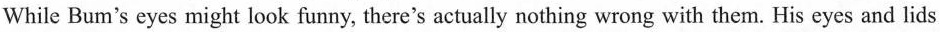
While Bum'seyes might look funny, there's actually nothing wrong with them. His eyes and lids